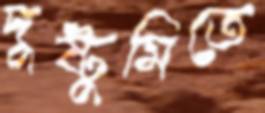
দুষ্টুমিতে